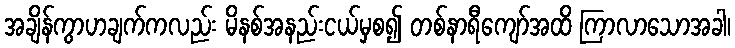
အချိန်ကွာဟချက်ကလည်း မိနစ်အနည်းငယ်မှစ၍ တစ်နာရီကျော်အထိ ကြာလာသောအခါ၊